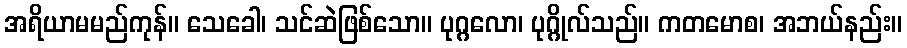
အရိယာမမည်ကုန်။ သေခေါ၊ သင်ဆဲဖြစ်သော။ ပုဂ္ဂလော၊ ပုဂ္ဂိုလ်သည်။ ကတမောစ၊ အဘယ်နည်း။